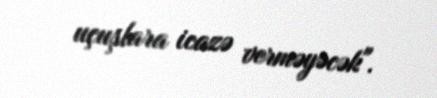
uçuşlara icazə verməyəcək".